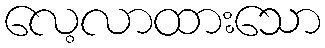
လေ့လာထားသော